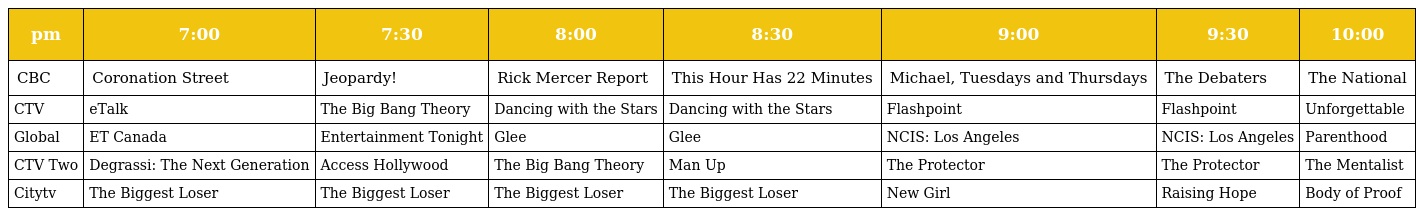
| pm | 7:00 | 7:30 | 8:00 | 8:30 | 9:00 | 9:30 | 10:00 |
 | --- | --- | --- | --- | --- | --- | --- | --- |
 | CBC | Coronation Street | Jeopardy! | Rick Mercer Report | This Hour Has 22 Minutes | Michael, Tuesdays and Thursdays | The Debaters | The National |
 | CTV | eTalk | The Big Bang Theory | Dancing with the Stars | Dancing with the Stars | Flashpoint | Flashpoint | Unforgettable |
 | Global | ET Canada | Entertainment Tonight | Glee | Glee | NCIS: Los Angeles | NCIS: Los Angeles | Parenthood |
 | CTV Two | Degrassi: The Next Generation | Access Hollywood | The Big Bang Theory | Man Up | The Protector | The Protector | The Mentalist |
 | Citytv | The Biggest Loser | The Biggest Loser | The Biggest Loser | The Biggest Loser | New Girl | Raising Hope | Body of Proof |